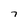
Character: 7